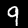
Digit: 9